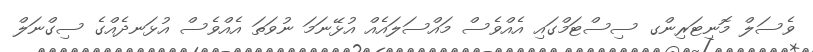
ވެސަލް މޮނިޓަރިންގ ސިސްޓަމްގައި އެއްވެސް މައްސަލައެއް އުޅޭނަމަ ނުވަތަ އެއްވެސް އުޅަނދެއްގެ ސިގްނަލް